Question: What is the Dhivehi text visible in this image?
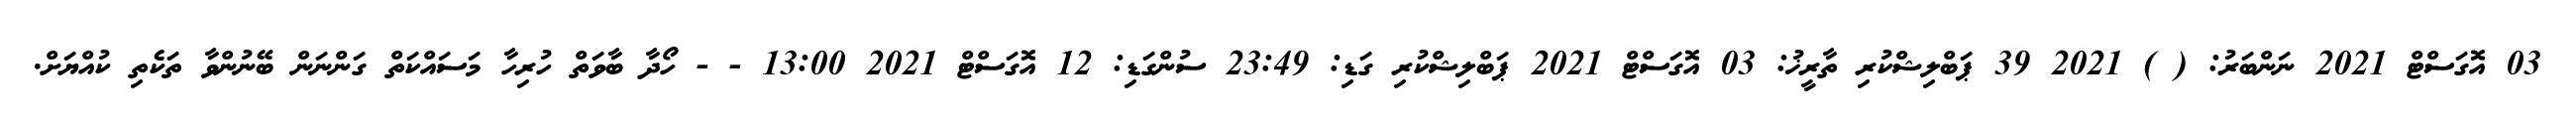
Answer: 03 އޮގަސްޓް 2021 ނަންބަރު: ( ) 2021 39 ޕަބްލިޝްކުރި ތާރީޚު: 03 އޮގަސްޓް 2021 ޕަބްލިޝްކުރި ގަޑި: 23:49 ސުންގަޑި: 12 އޮގަސްޓް 2021 13:00 - - ހޯދާ ބާވަތް ހުރިހާ މަސައްކަތް ގަންނަން ބޭނުންވާ ތަކެތި ކުއްޔަށް.